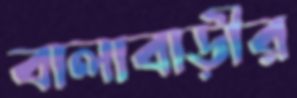
বালাবাড়ীর